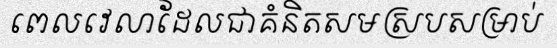
ពេលវេលាដែលជាគំនិតសមស្របសម្រាប់